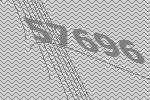
57696